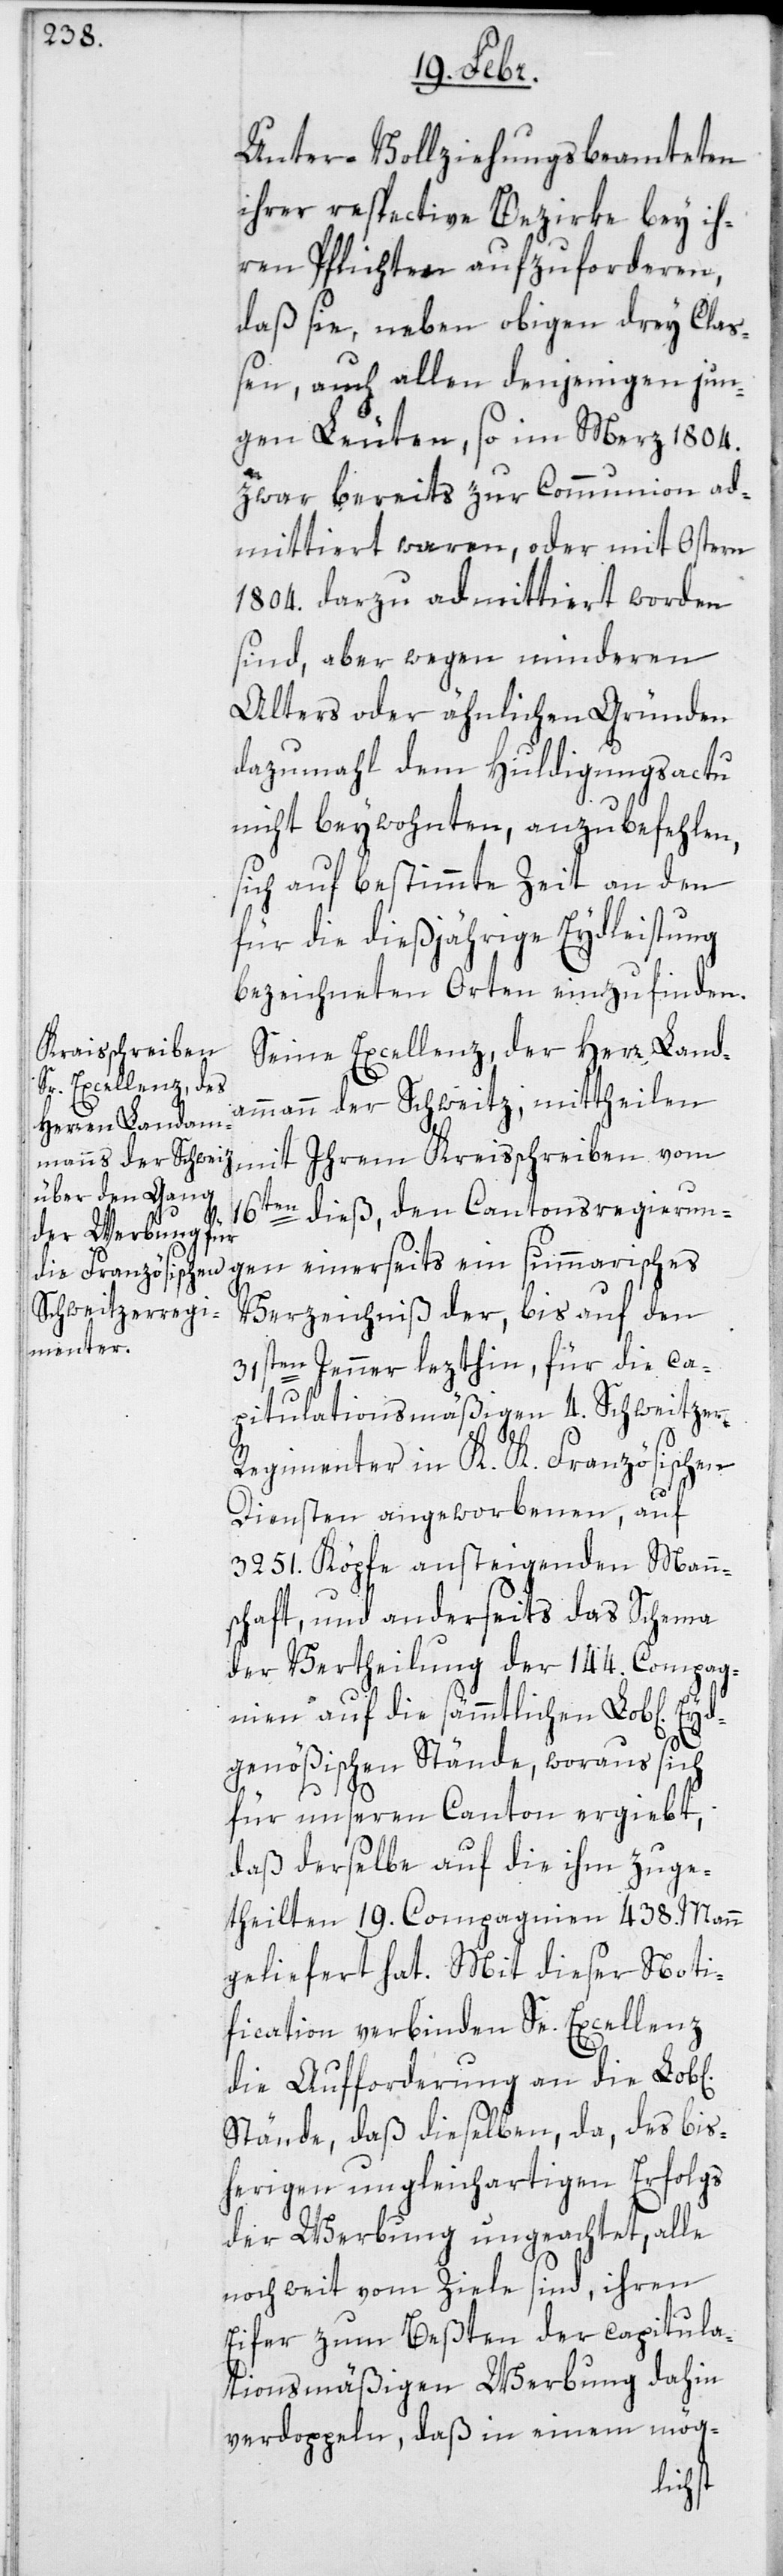
Unter-Vollziehungsbeamteten
ihrer respective Bezirke bey ih¬
ren Pflichten aufzuforderen,
daß sie, neben obigen drey Cla¬
ßen, auch allen denjenigen jun¬
gen Leuten, so im Merz 1804.
zwar bereits zur Communion ad¬
mittiert waren, oder mit Ostern
1804. darzu admittiert worden
sind, aber wegen minderen
Alters oder ähnlichen Gründen
dazumahl dem Huldigungs-Actu
nicht beiwohnten, anzubefehlen,
sich auf bestimmte Zeit an den
für die dießjährige Eydleistung
bezeichneten Orten einzufinden.
Seine Excellenz der Herr Land¬
ammann der Schweitz mittheilen
mit ihrem Kreisschreiben vom
16ten dieß, den Cantonsregierun¬
gen einerseits ein summarisches
Verzeichnis der bis auf den
31sten Jenner lezthin, für die ca¬
pitulationsmäßigen 4 Schweitzer¬
regimenter in K. K. Französischen
Diensten angeworbenen, auf
3251. Köpfe ansteigenden Mann¬
schaft, und anderseits das Schema
der Vertheilung der 144. Compag¬
nien auf die sämmtlichen Lobl[ichen]
genößischen Stände, woraus sich
für unsern Canton ergiebt,
daß derselbe auf die ihm zuge¬
theilten 19. Compagnien 438 Mann
geliefert hat. Mit dieser Noti¬
fication verbinden Se Excellenz
die Aufforderung an die Lobl[i¬
Stände, daß dieselben, da, des bis¬
herigen ungleichartigen Erfolgs
der Werbung ungeachtet, alle
noch weit vom Ziele sind, ihren
Eifer zum Besten der capitula¬
tionsmäßigen Werbung dahin
verdoppeln, daß in einem mög-
chen]